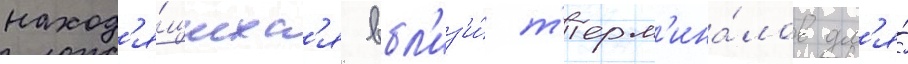
наход'я́щихс'я вбл'из'и́ т'ерм'ина́лов дл'я́